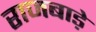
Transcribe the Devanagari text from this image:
राजबाड़े